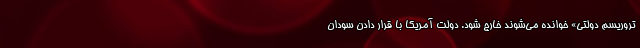
تروریسم دولتی» خوانده می‌شوند خارج شود. دولت آمریکا با قرار دادن سودان